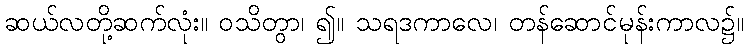
ဆယ်လတို့ဆက်လုံး။ ဝသိတွာ၊ ၍။ သရဒကာလေ၊ တန်ဆောင်မုန်းကာလ၌။